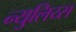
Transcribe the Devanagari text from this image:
न्युलिय्स